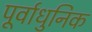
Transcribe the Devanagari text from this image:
पूर्वाधुनिक